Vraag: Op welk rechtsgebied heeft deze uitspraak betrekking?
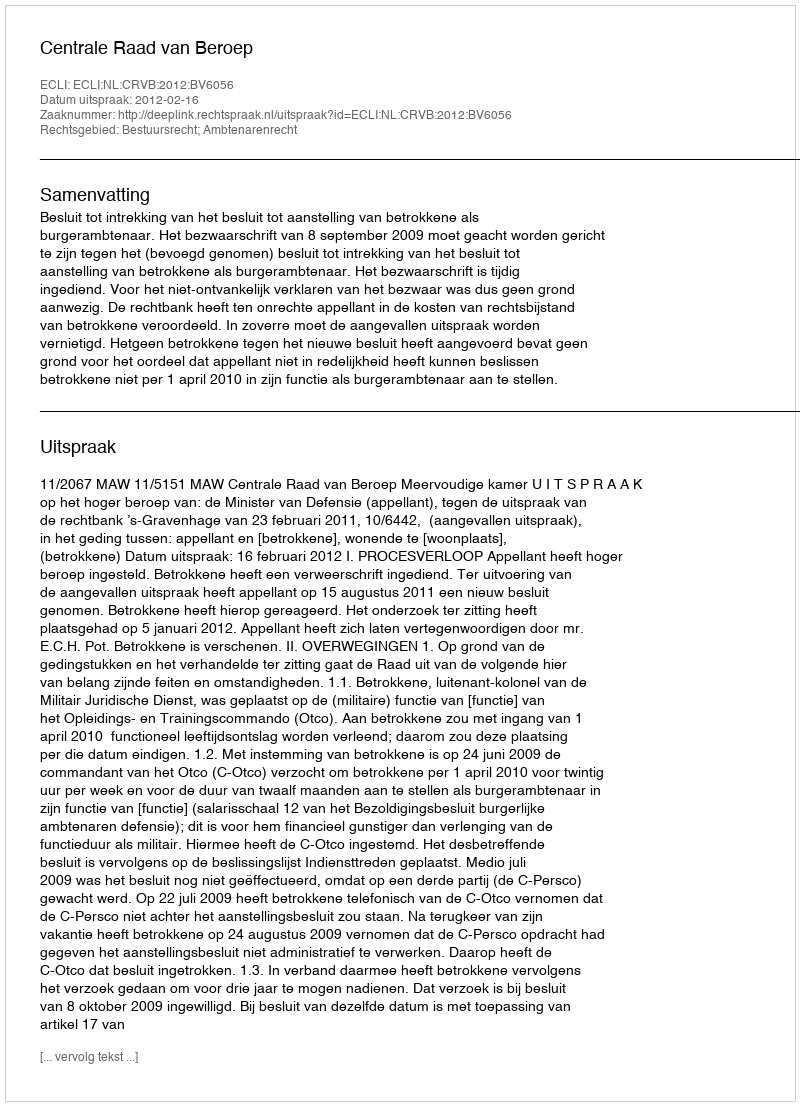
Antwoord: Bestuursrecht; Ambtenarenrecht